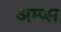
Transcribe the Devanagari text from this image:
अम्प्स